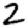
Digit: 2